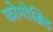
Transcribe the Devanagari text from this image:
कोमोब्रिड